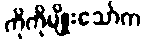
ကိုကိုမျိုးသော်က